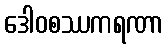
ဒေါဝစဿကရဏာ